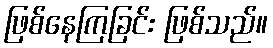
ဖြစ်နေကြခြင်း ဖြစ်သည်။